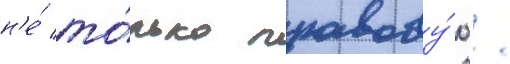
н'е́ то́лько правову́ю /